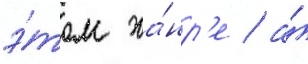
э́том жа́нр'е / а́